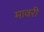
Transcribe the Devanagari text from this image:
मावरी